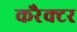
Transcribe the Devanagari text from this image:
करैक्टर